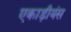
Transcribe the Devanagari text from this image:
एकाड़ीयंस